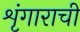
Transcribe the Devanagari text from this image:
शृंगाराची